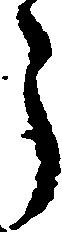
う